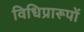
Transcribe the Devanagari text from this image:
विधिप्रारूपों